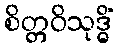
စိတ္တဝိသုဒ္ဓိံ